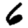
Digit: 6